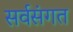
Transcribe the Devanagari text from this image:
सर्वसंगत